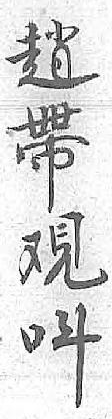
趙呌帶 覌